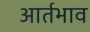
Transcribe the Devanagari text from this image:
आर्तभाव